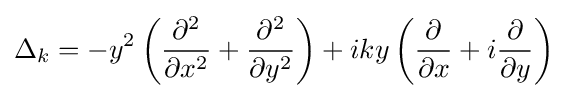
\Delta _{k}=-y^{2}\left({\frac {\partial ^{2}}{\partial x^{2}}}+{\frac {\partial ^{2}}{\partial y^{2}}}\right)+iky\left({\frac {\partial }{\partial x}}+i{\frac {\partial }{\partial y}}\right)